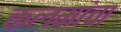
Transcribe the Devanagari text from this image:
कलमांचा